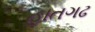
હાતગઢ